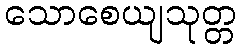
သောစေယျသုတ္တ